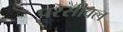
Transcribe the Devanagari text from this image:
परसीवल